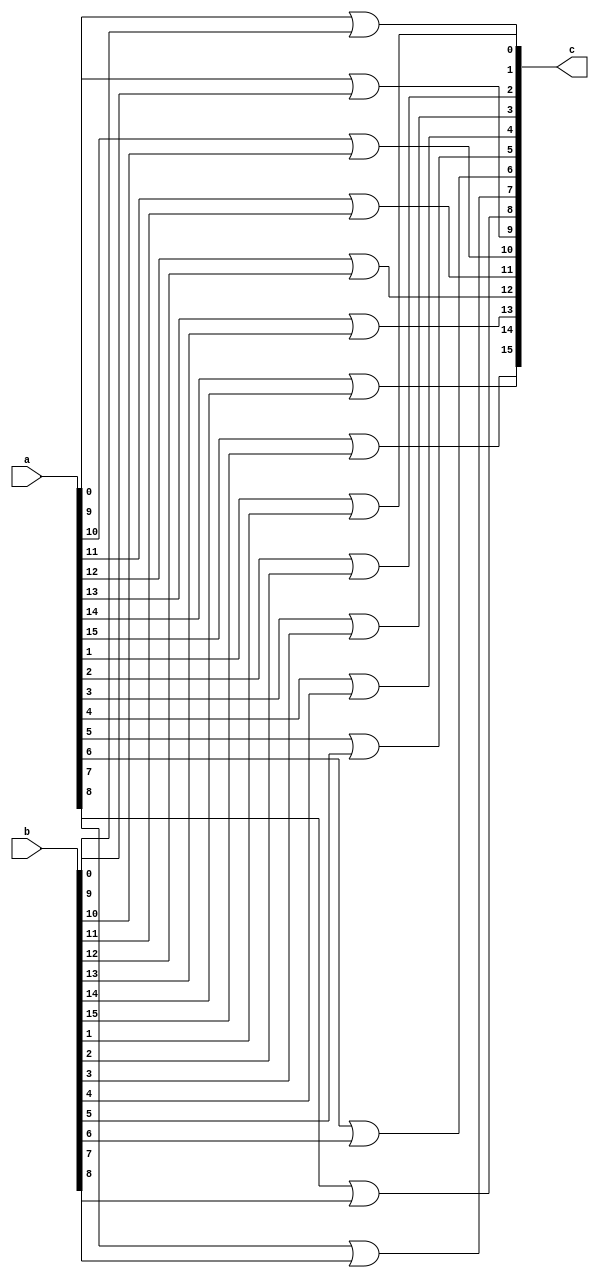
`timescale 1ns / 1ps

module or_16(
		output[15:0] c,
		input [15:0] a, b);
	genvar i;
	generate for(i=0; i <= 15; i=i+1)
	begin:loop
		or(c[i], a[i], b[i]);
	end
	endgenerate

endmodule